Calcutta medical institutions reports 1871-78
Year: 1871
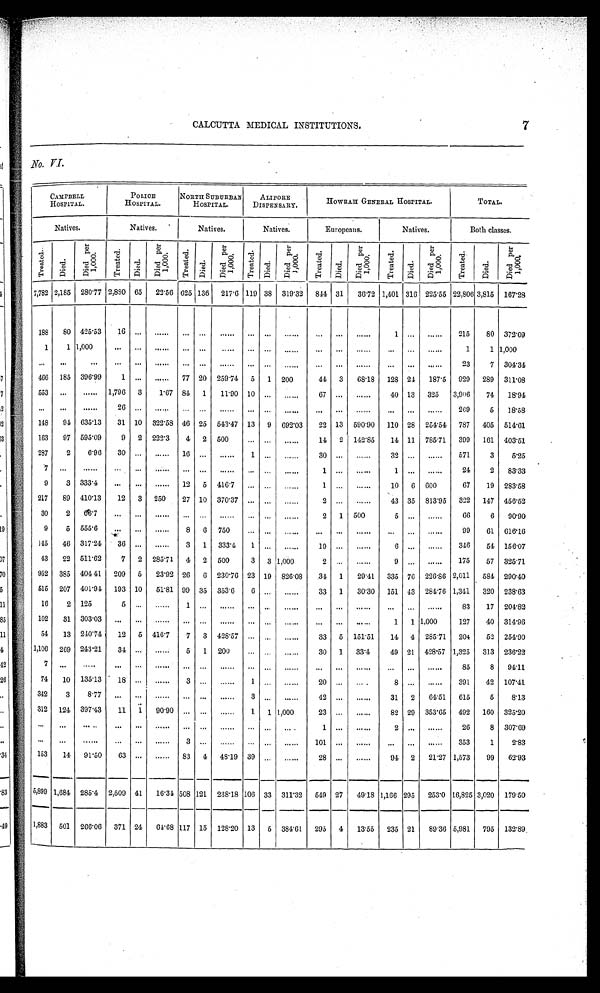
CALCUTTA MEDICAL INSTITUTIONS.
7
1
34
49
No VI.
CAMPBELL
HOSPITAL.
POLICE
HOSPITAL.
NORTH SUBURBAN
HOSPITAL.
ALIPORE
DISPENSARY.
HOWRAH GENERAL HOSPITAL
TOTAL.
Natives.
Natives.
Natives.
Natives.
Europeans.
Natives.
Both classes.
Tr e a t e d .
Di ed.
Di e d p e r 1 , 0 0 0 .
Treat ed.
Died.
Di e d p e r 1 , 0 0 0 .
T r e a t e d .
Di ed.
D i e d p e r 1 , 0 0 0 .
Treated.
Died.
D i e d p e r 1 , 0 0 0 .
Treat ed.
Di ed.
Di e d p e r 1 , 0 0 0 .
Tr eat ed.
Died.
Di e d p e r 1 , 0 0 0 .
Treated.
Died.
Di e d p e r 1 , 0 0 0 .
7,782 2,185 280.77 2,880 65
22.56 625 136
217.9 119 38 319.32
814 31
30.72 1,401 316 225.55 22,806 3,815
167.28
188
80 425.53
16 ...
......
...
...
......
...
...
......
...
...
......
1 ...
......
215
80 372.09
1
1 1,000
...
...
......
...
...
......
...
...
......
...
...
......
...
...
......
1
1 1,000
...
...
...
...
...
......
...
...
......
...
...
......
...
...
......
...
...
......
23
7 304.34
466
185 396.99
1 ...
......
77 20 259.74
5
1 200
44
3
68.18
128 24
187.5
929
289
311.08
553
...
......
1,796
3
1.67 84
1
11.90 10 ...
......
67 ...
......
40 13
325
3,906
74
18.94
...
...
......
26 ...
......
...
...
......
...
...
......
...
...
......
...
...
......
269
5
18.58
148
91 635.13
31 10
322.58 46 25
543.47 13
9
692.03
22 13
590.90
110 28
254.54
787
405 514.61
163
97 595.09
9
2 222.3
4
2 500
...
...
......
14
2
142.85
14 11 785.71
399
161 403.51
287
2
6.96
30 ...
......
16 ...
......
1 ...
......
30 ...
......
32 ...
......
571
3
5.25
7
...
......
...
...
......
...
...
......
...
...
......
1
...
......
1
...
......
24
2
83.33
9
3 333.1
...
...
......
12
5
416-7
...
...
......
1 ...
......
10
6 600
67
19
283.58
217
89 410.13
12
3
250
27 10 370.37 ...
...
......
2 ...
......
43 35 813.95
322
147 450.52
30
2
66.7
...
...
......
...
...
......
...
...
......
2
1 500
5 ...
......
66
6
90.90
9
5
555.6
...
...
......
8
6
750
... ...
......
...
...
......
...
...
......
99
61 616.16
145
46 317.21
36 ...
......
3
1
333.4
1 ...
......
19 ...
......
6 ...
......
346
54 156.07
43
22 511.62
7
2 285.71
4
2
500
3
3 1,000
2 ...
......
9
...
......
175
57 325.71
952
385 404 41
209
5
23.92 26
6 230.76 23 19 826.08
34
1
29.41
335 76 226.80 2,011
581 290.40
515
207 401.94
193 10
51.81 99 35
353.6
6 ...
......
33
1
30.30
151 43 284.76 1,311
320 238.63
16
2 125
5 ...
......
1 ...
......
... ...
......
...
...
......
...
...
......
83
17
204.82
102
31 303.03
...
...
......
... ...
......
... ...
......
...
...
......
1
1 1,000
127
40 314.96
54
13 240.74
12
5 416.7
7
3 428.57
...
...
......
33
5
151.51
14
4 285.71
204
52 254.90
1,106
269 213.21
34 ...
......
5
1
200
... ...
......
30
1
33.4
49 21
428.57 1,325
313 236.22
7
...
.....
...
....
......
...
...
......
... ...
......
...
...
......
...
...
......
85
8
94.11
74
10
135.13
18 ...
......
3 ...
......
1 ...
.......
20
...
......
8 ... ......
391
42 107.41.
342
3
8'77 ...
......
...
...
......
3 ...
......
42 ...
......
31
2
64.51
615
5
8.13
312
124 397.43
11
1
90.90 ...
...
......
1
1 1,000
23 ...
......
82 29 353.65
492
160 325.20
...
...
......
...
...
......
... ...
......
... ...
...
1
...
......
2 ...
......
26
8 307.69
...
...
......
...
...
......
3 ...
......
...
...
......
101 ...
......
...
...
......
353
1
2.83
153
11
91'50
63 ...
......
83
4
48.19 39
... ......
28 ...
......
91
2
21.27 1,573
99
62.93
5,899 1,684 285.4
2,509 41
16.34 508 121 238.18 106 33 311.32
549 27
49.18 1,166 295
253.0 16,825 3,020 179.50
1,883
501
266.06
371 24
64.68 117 15
128.20 13
5 384.61
295
4
13.55
235 21
89.36 5,981
795
132.89